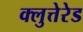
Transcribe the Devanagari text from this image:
क्लुत्तेरेड